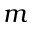
m